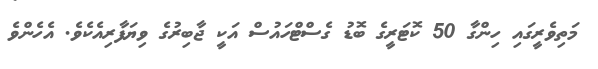
މަތިވެރީގައި ހިންގާ 50 ކޮޓަރީގެ ބޮޑު ގެސްޓްހައުސް އަކީ ޖާބިރުގެ ވިޔަފާރިއެކެވެ. އެހެންވެ